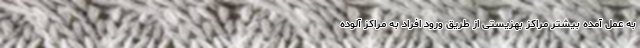
به عمل آمده بیشتر مراکز بهزیستی از طریق ورود افراد به مراکز آلوده